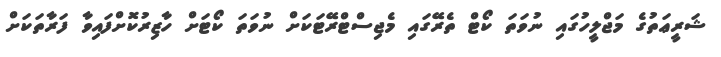
ޝަރީޢަތުގެ މަޖްލީހުގައި ނުވަތަ ކޯޓް ތެރޭގައި މެޖިސްޓްރޭޓަކަށް ނުވަތަ ކޯޓަށް ހާޒިރުކޮށްފައިވާ ފަރާތަކަށް